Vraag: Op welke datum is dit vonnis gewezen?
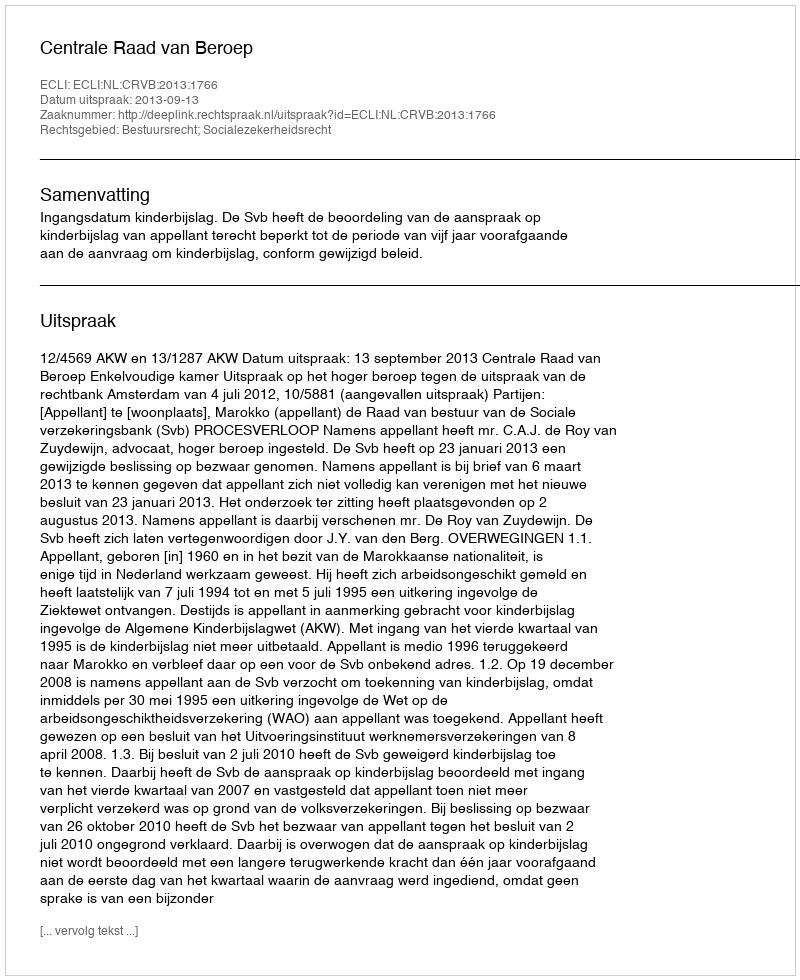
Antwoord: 2013-09-13